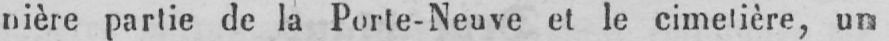
nière partie de la Porte-Neuve et le cimetière, un